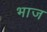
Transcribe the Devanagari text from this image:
भाज